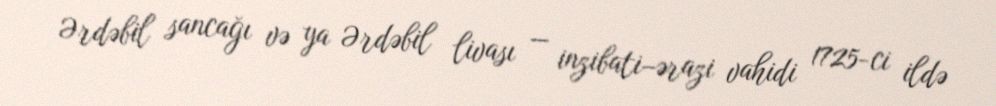
Ərdəbil sancağı və ya Ərdəbil livası — inzibati–ərazi vahidi 1725-ci ildə